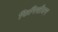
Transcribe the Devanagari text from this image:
फिनिसीयन